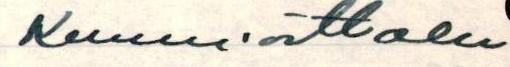
Kunnioittaen